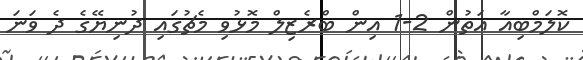
ކޮލަމްބިއާ އަތުން 2-1 އިން ބްރެޒިލް މޮޅުވި މެޗުގައި ދުނިޔޭގެ ދެ ވަނަ